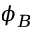
\phi _ { B }